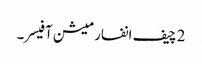
2 چیف انفارمیشن آفیسر۔